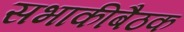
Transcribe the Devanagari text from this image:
सभाकीबैठक